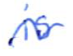
Text: is
Cross-out: wave
Writing tool: ballpoint